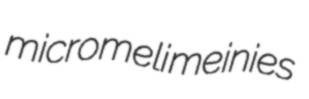
micromeli meinies